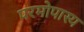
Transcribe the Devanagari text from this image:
परमोपास्य